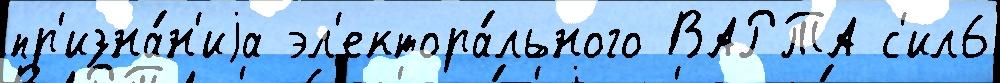
пр'изна́н'иjа эл'ектора́льного ВАРТА с'ил6